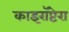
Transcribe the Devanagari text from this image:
काइरॉप्टेरा